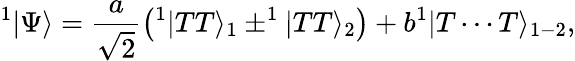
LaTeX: ^1|\Psi\rangle=\frac{a}{\sqrt{2}}\left(^1|TT\rangle_{1}\pm^{1}|TT\rangle_{2}\right)+b^{1}|T\cdots T\rangle_{1-2},